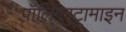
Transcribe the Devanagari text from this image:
पॉलिग्लुटामाइन